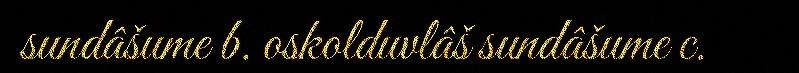
sundâšume b. oskolduvlâš sundâšume c.